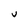
Character: V